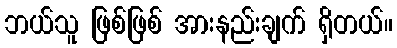
ဘယ်သူ ဖြစ်ဖြစ် အားနည်းချက် ရှိတယ်။